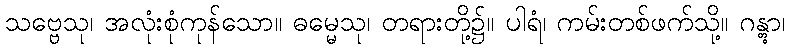
သဗ္ဗေသု၊ အလုံးစုံကုန်သော။ ဓမ္မေသု၊ တရားတို့၌။ ပါရံ၊ ကမ်းတစ်ဖက်သို့။ ဂန္တွာ၊